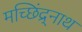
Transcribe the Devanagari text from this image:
मच्छिंद्र्नाथ